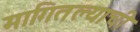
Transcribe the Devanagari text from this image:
मागितल्याची